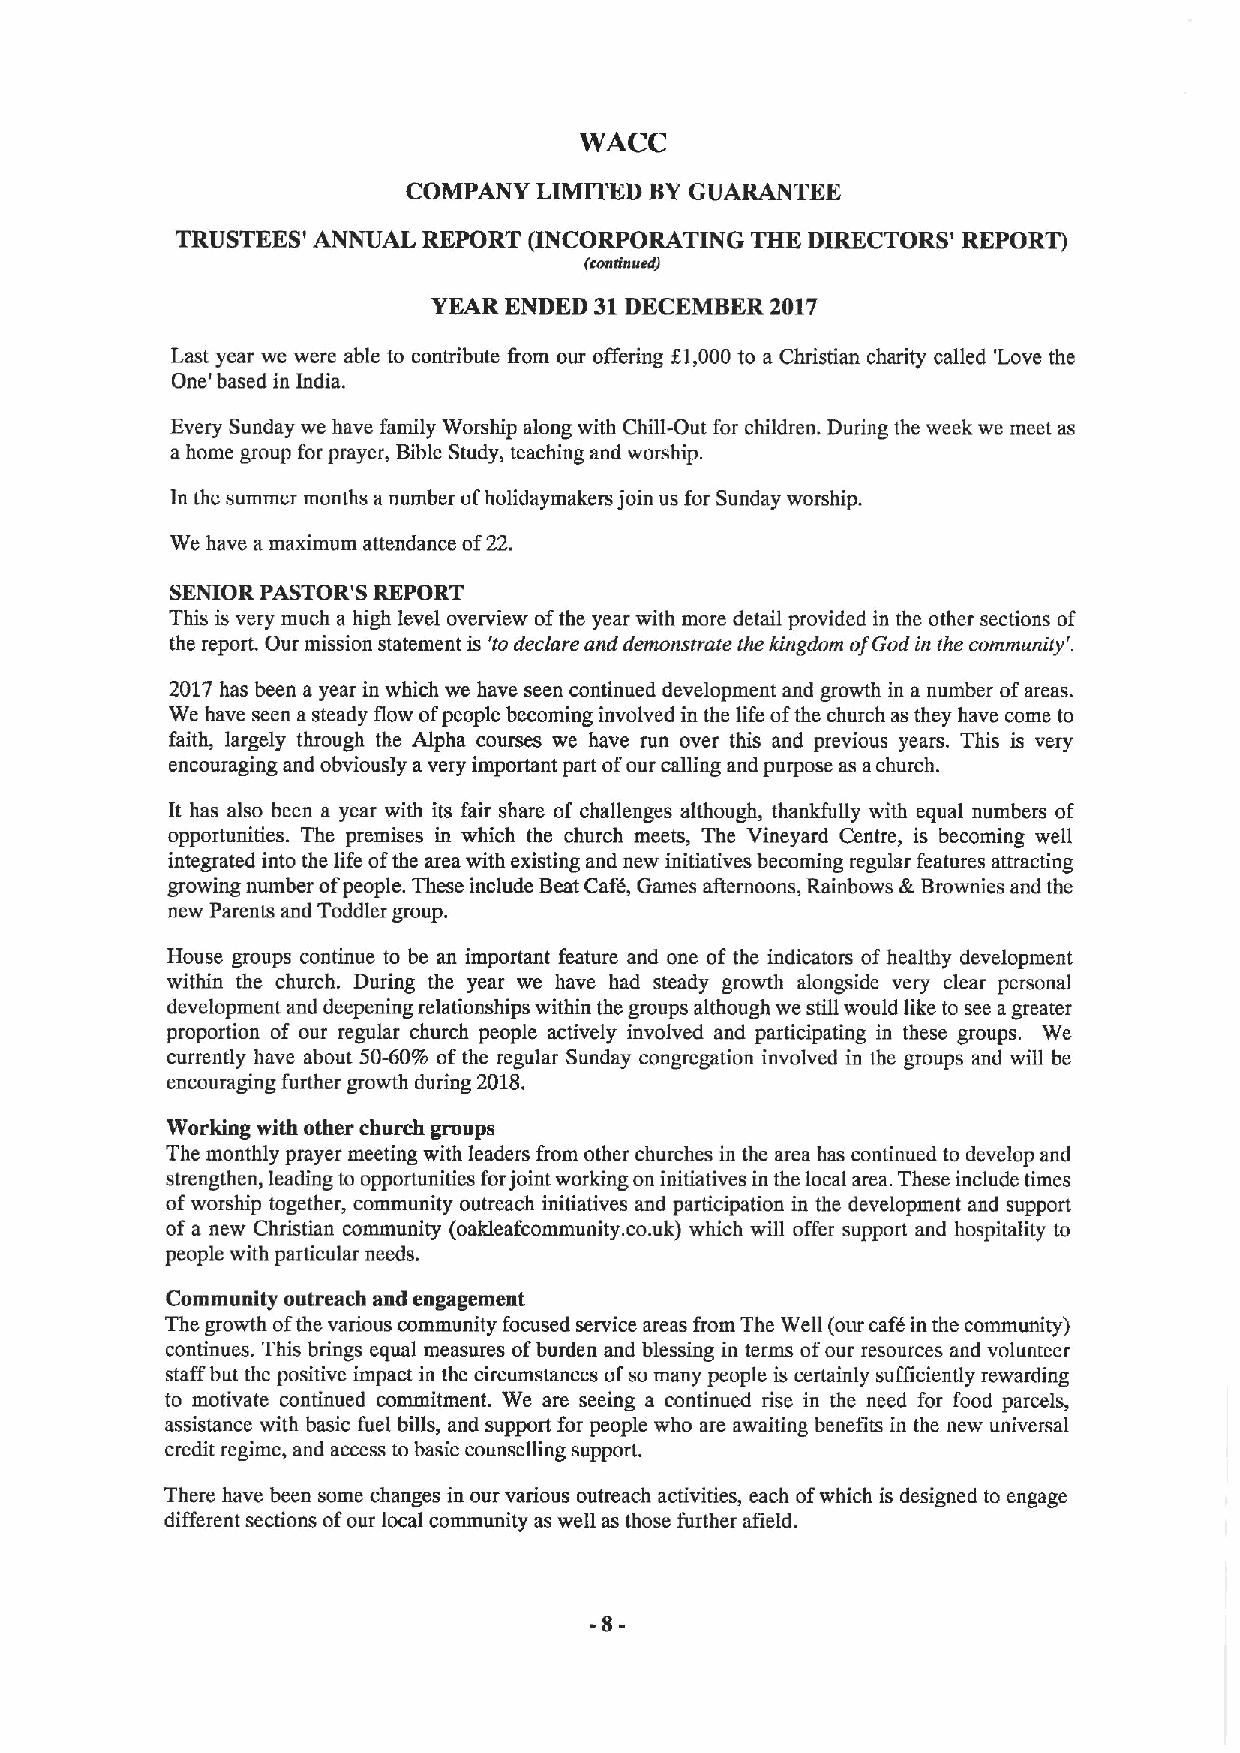
WACC
 COMPANY  LIMITED BYGUARANTEE
 TRUSTEES' ANNUAL REPORT (INCORPORATING THE DIRECTORS' REPORT)
 (eondeeeeed)
 YEAR ENDED 31DECEMBER 2017
 Last year we were able to contribute I'iom our offering f1,000to a Christian charity called 'Love the
 One' based in India.
 Every Sunday we have family Worship along with Chill-Out for children. During the week we meet as
 a home group for prayer, Bible Study, teaching and worship.
 In the summer months anumber ofholidaymakers join us for Sunday worship.
 We have amaximum attendance of22.
 SENIOR PASTOR'S REPORT
 This is very much a high level overview ofthe year with more detail provided in the other sections of
 the report. Our mission statement is 'to declare ond demonstrate the kingdom ofGod in the community'.
 2017 has been a year in which we have seen continued development and growth in a number ofareas.
 We have seen asteady flow ofpeople becoming involved in the life ofthe church as they have come to
 faith, largely through the Alpha courses we have run over this and previous years. This is very
 encouraging and obviously avery important part ofour calling and purpose as achurch.
 It has also been a year with its fair share of challenges although, thankfully with equal numbers of
 opportunities. The premises in which the church meets, The Vineyard Centre, is becoming well
 integrated into the life ofthe area with existing and new initiatives becoming regular features attracting
 growing number ofpeople. These include BeatCafd, Games afternoons, Rainbows &Brownies and the
 new Parents and Toddler group.
 House groups continue to be an important feature and one of the indicators of healthy development
 within the church. During the year we have had steady growth alongside very clear personal
 development and deepening relationships within the groups although we still would like to see agreater
 proportion of our regular church people actively involved and participating in these groups. We
 currently have about 50-60% ofthe regular Sunday congregation involved in the groups and will be
 encouraging further growth during 2018.
 Working with other church groups
 The monthly prayer meeting with leaders from other churches in the area has continued to develop and
 strengthen, leading to opportunities forjoint working on initiatives in the local area. These include times
 ofworship together, community outreach initiatives and participation in the development and support
 ofa new Christian community (oakleafcommunity. co.uk) which will offer support and hospitality to
 people with particular needs.
 Community outreach and engagement
 The growth ofthe various community focused service areas from The Well (our cafd in the community)
 continues. This brings equal measures ofburden and blessing in terms ofour resources and volunteer
 staff but the positive impact in the circumstances ofso many people is certainly sufficiently rewarding
 to motivate continued commitment. We are seeing a continued rise in the need for food parcels,
 assistance with basic fuel bills, and support for people who are awaiting benefits in the new universal
 credit regime, and access to basic counselling support.
 There have been some changes in our various outreach activities, each ofwhich is designed to engage
 different sections ofour local community as well as those further afield.